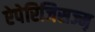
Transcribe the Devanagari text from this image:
ऐपेरिजिसज्म़